Document type: Sale
Year: 1305
Scribe: Bernat de Vilarúbia
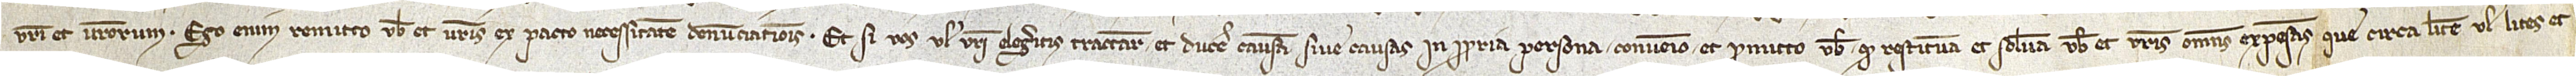
vestri et vestrorum. Ego enim remitto vobis et vestris ex pacto necessitatem denunciationis. Et si vos vel vestri elegeritis tractare et ducere causam sive causas in propria persona, convenio et promitto vobis quod restituam et solvam vobis et vestris omnes expensas que circa litem vel lites et